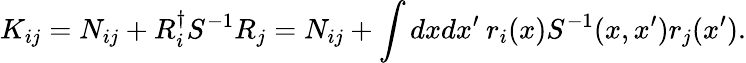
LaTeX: K_{ij}=N_{ij}+R_{i}^{\dagger}S^{-1}R_{j}=N_{ij}+\int dxdx^{\prime}\: r_{i}(x)S^{-1}(x,x^{\prime})r_{j}(x^{\prime}).